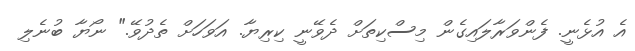
އެ އުޅެނީ. ފެންވަރާލައިގެން މިސްކިތަށް ދެވޭނީ ކިރިޔާ. އަވަހަށް ތެދުވޭ." ނޯޔާ ބުނެލި